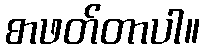
စာဖတ်တာပါ။